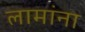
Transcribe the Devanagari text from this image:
लामांना